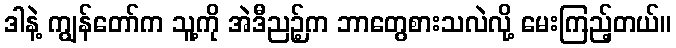
ဒါနဲ့ ကျွန်တော်က သူ့ကို အဲဒီညဉ့်က ဘာတွေစားသလဲလို့ မေးကြည့်တယ်။